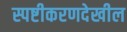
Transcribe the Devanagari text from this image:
स्पष्टीकरणदेखील